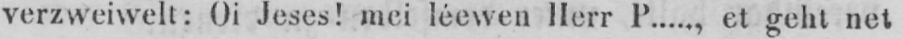
verzweiwelt: Oi Jeses! mei léewen Herr P....., et geht net